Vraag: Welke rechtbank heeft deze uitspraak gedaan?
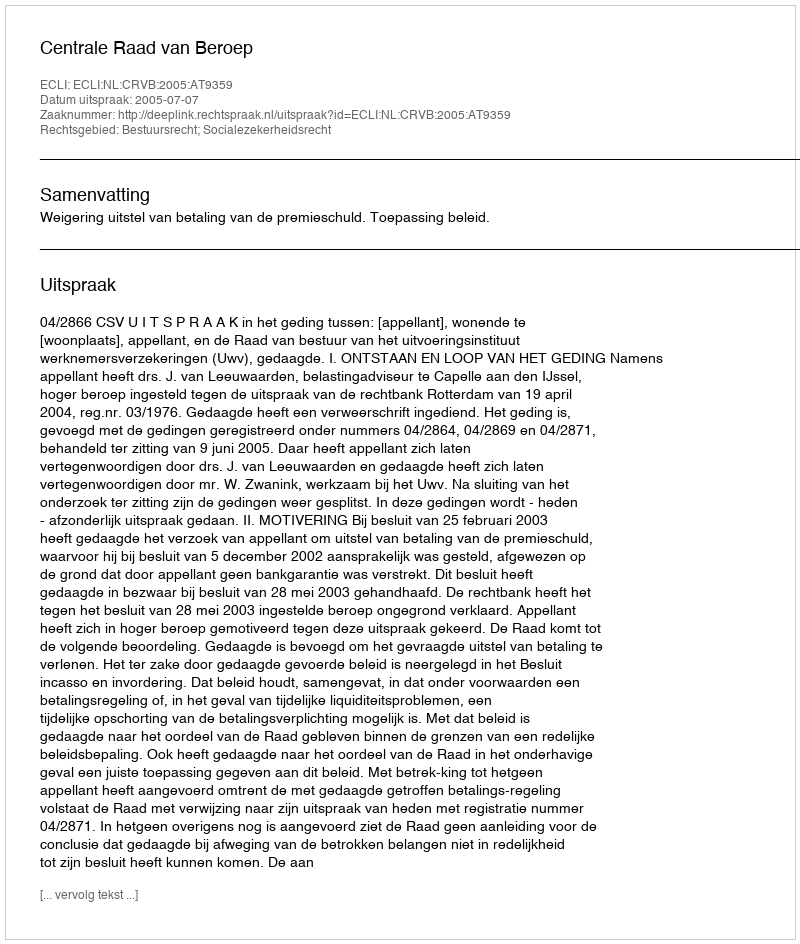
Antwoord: Centrale Raad van Beroep